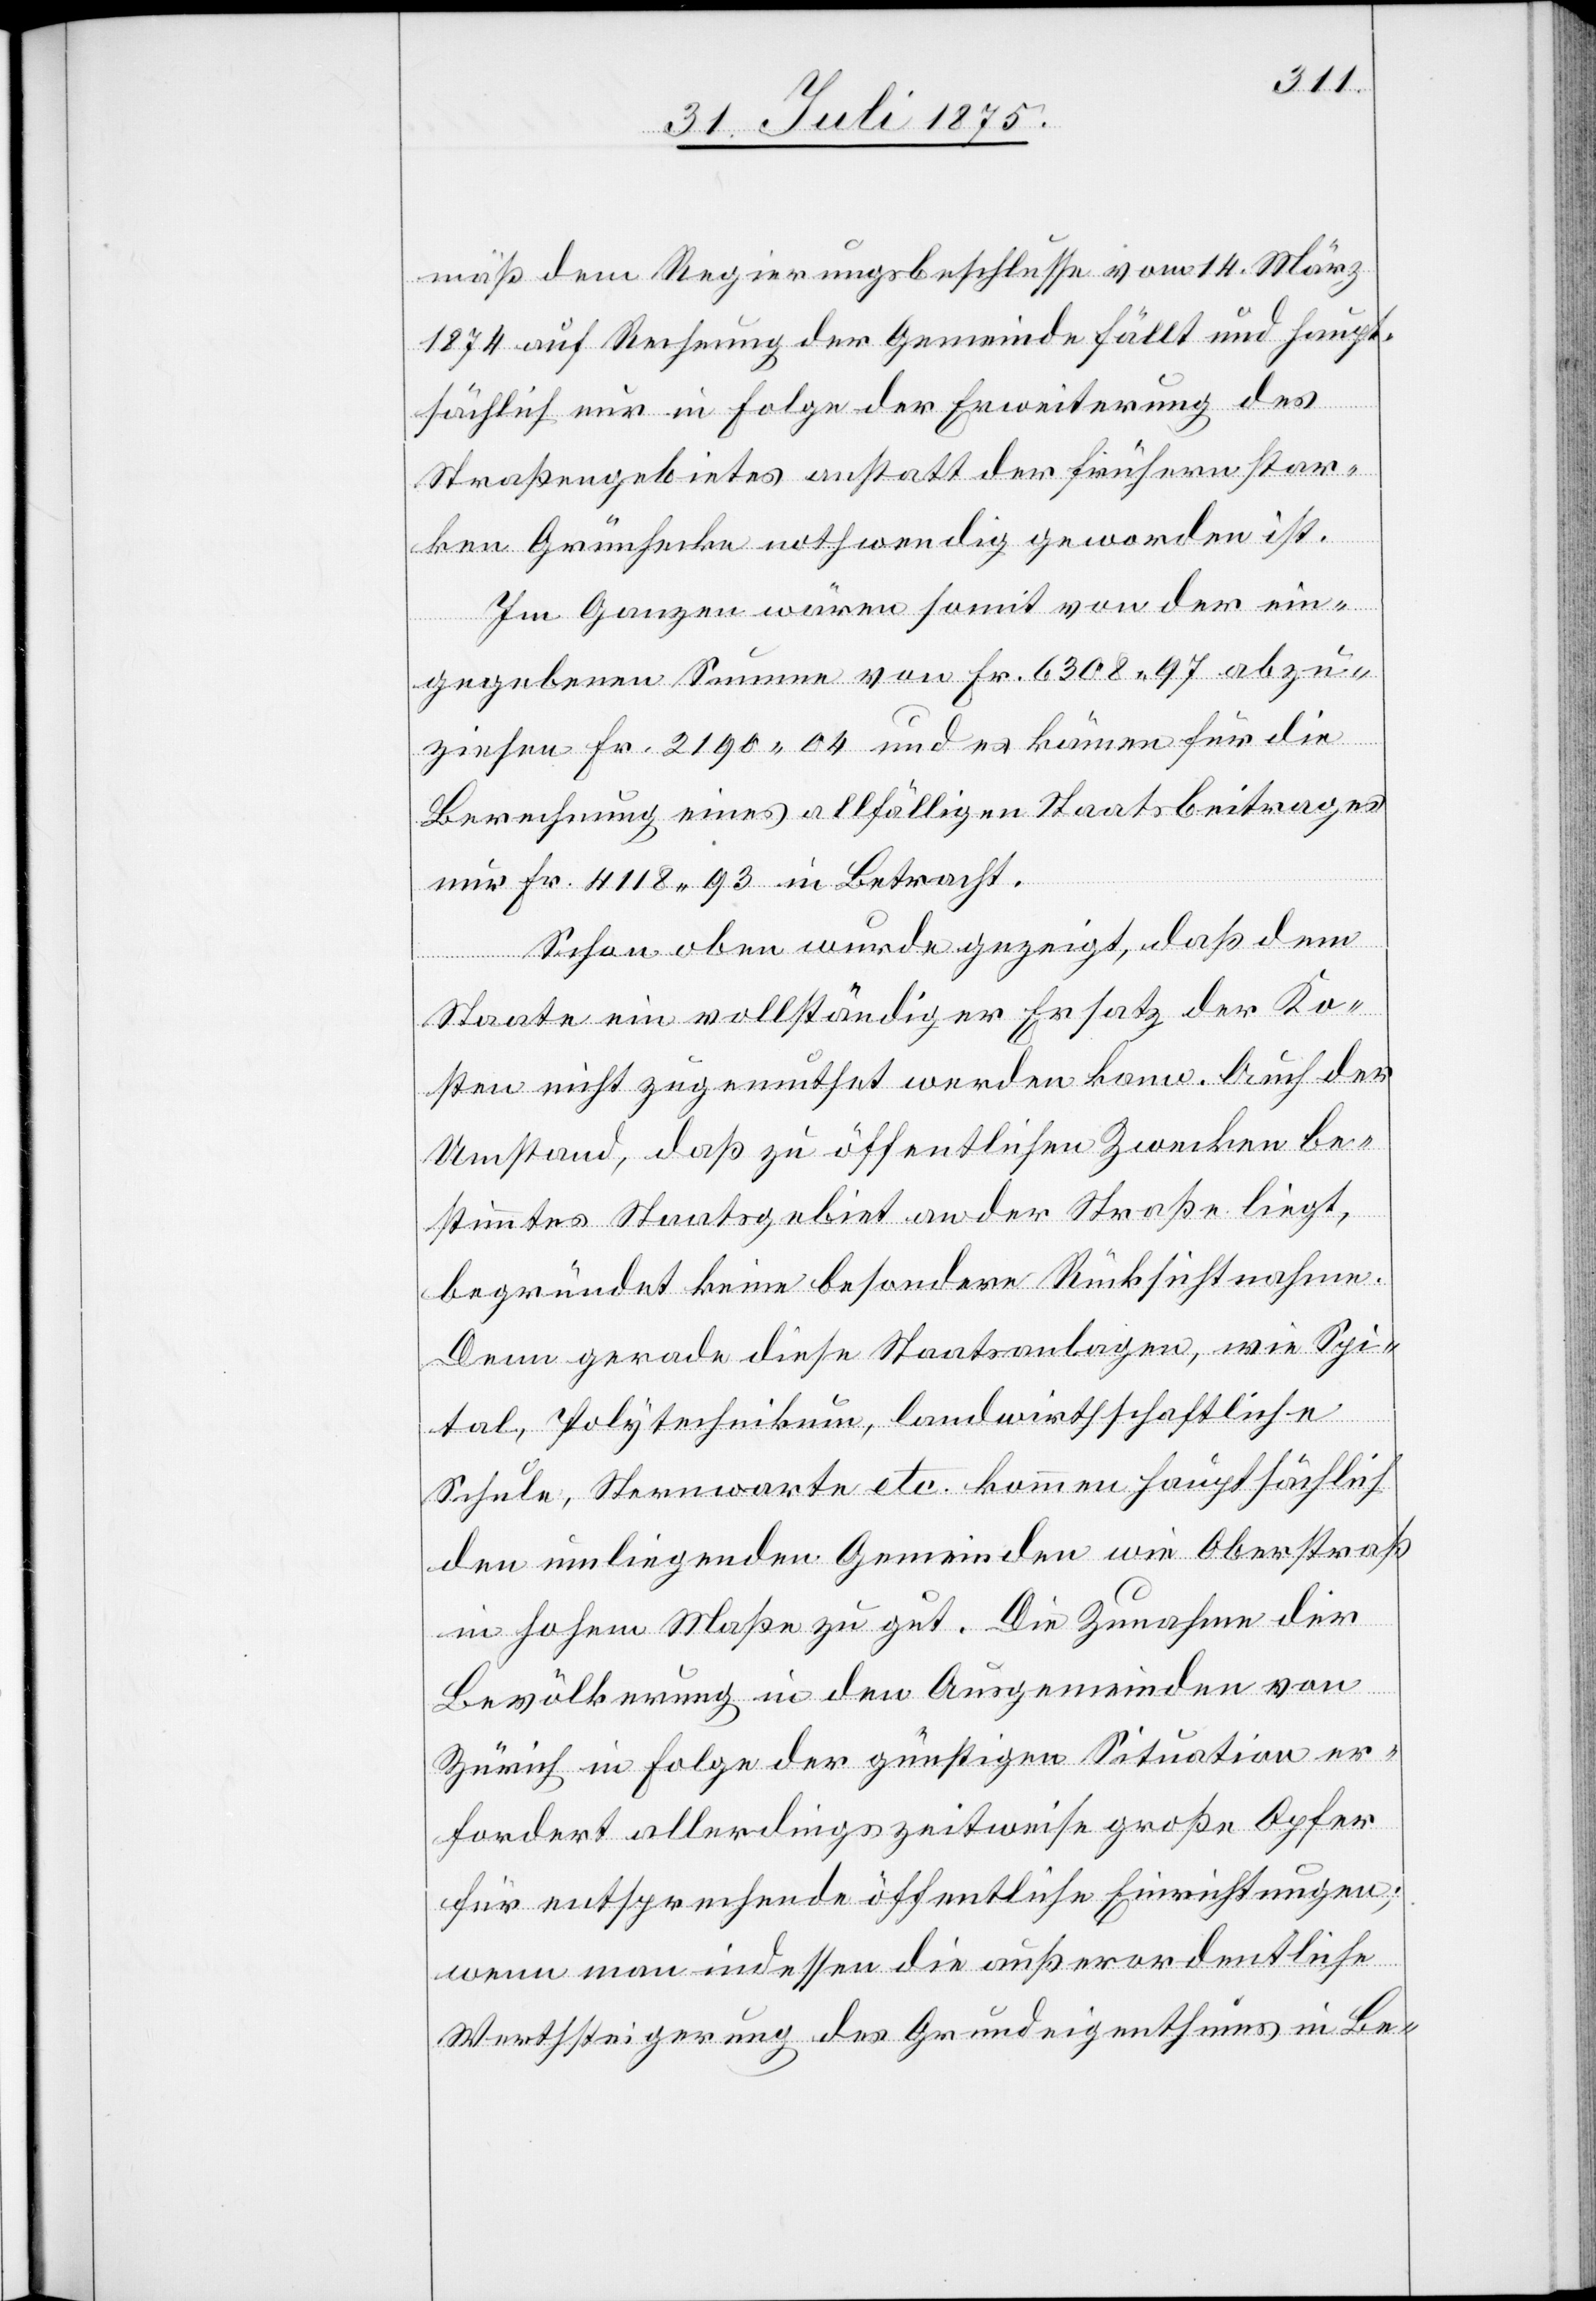
mäß dem Regierungsbeschlusse vom 14. März
1874 auf Rechnung der Gemeinde fällt und haupt¬
sächlich nur in Folge der Erweiterung des
Straßengebietes anstatt der frühern star¬
ken Grünhecke nothwendig geworden ist.
Im Ganzen wären somit von der ein¬
gegebenen Summe von Fr. 6308 97 abzu¬
ziehen Fr. 2190 04 und es kämen für die
Berechnung eines allfälligen Staatsbeitrages
nur Fr. 4118 93 in Betracht.
Schon oben wurde gezeigt, daß dem
Staate ein vollständiger Ersatz der Ko¬
sten nicht zugemuthet werden kann. Auch der
Umstand, daß zu öffentlichen Zwecken be¬
stimmtes Staatsgebiet an der Straße liegt,
begründet keine besondere Rücksichtnahme.
Dem gerade diese Staatsanlagen, wie Spi¬
tal, Sternwarte etc. kommen hauptsächlich
den umliegenden Gemeinden wie Oberstraß
in hohem Maße zu gut. Die Zunahme der
Bevölkerung in den Ausgemeinden von
Zürich in Folge der günstigen Situation er¬
fordert allerdings zeitweise große Opfer
für entsprechende öffentliche Einrichtungen;
wenn man indessen die außerordentliche
Werthsteigerung des Grundeigenthums in Be-